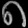
Digit: ၈